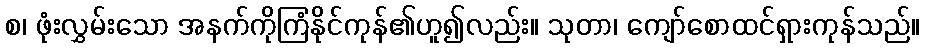
စ၊ ဖုံးလွှမ်းသော အနက်ကိုကြံနိုင်ကုန်၏ဟူ၍လည်း။ သုတာ၊ ကျော်စောထင်ရှားကုန်သည်။